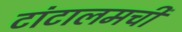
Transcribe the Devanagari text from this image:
टांटालमची